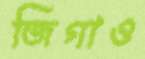
জিগাও